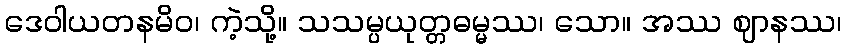
ဒေဝါယတနမိဝ၊ ကဲ့သို့။ သသမ္ပယုတ္တဓမ္မဿ၊ သော။ အဿ ဈာနဿ၊